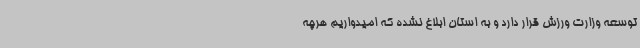
توسعه وزارت ورزش قرار دارد و به استان ابلاغ نشده که امیدواریم هرچه